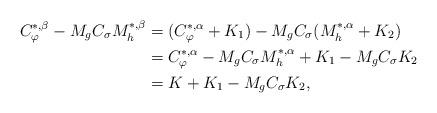
LaTeX: \begin{align*}C_{\varphi}^{*,\beta} - M_{g}C_{\sigma}M_h^{*,\beta} & = (C_{\varphi}^{*,\alpha}+K_1) - M_{g}C_{\sigma}(M_h^{*,\alpha}+K_2)\\& = C_{\varphi}^{*,\alpha} - M_{g}C_{\sigma}M_h^{*,\alpha} + K_1 - M_{g}C_{\sigma}K_2\\& = K + K_1 - M_gC_{\sigma}K_2,\end{align*}